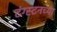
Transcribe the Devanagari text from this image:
टंग्स्टनच्या